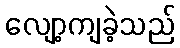
လျော့ကျခဲ့သည်